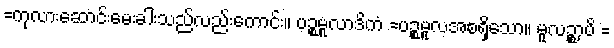
=ကုလားဆောင်းမေးခါးသည်လည်းကောင်း။ ပဉ္စမူလာဒိကံ =ပဉ္စမူလအစရှိသော။ မူလဉ္စာပိ =